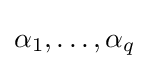
\alpha _{1},\ldots ,\alpha _{q}